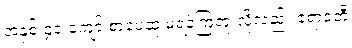
အနှစ် ၄၀ ကျော် စာပေဆု မရခဲ့ကြဘူးလို့လည်း ဧရာဝတီ